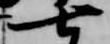
七